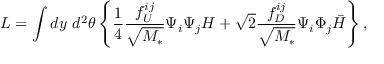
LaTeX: { \cal L } = \int d y ~ d ^ { 2 } \theta \left\{ \frac { 1 } { 4 } \frac { f _ { U } ^ { i j } } { \sqrt { M _ { * } } } \Psi _ { i } \Psi _ { j } H + \sqrt { 2 } \frac { f _ { D } ^ { i j } } { \sqrt { M _ { * } } } \Psi _ { i } \Phi _ { j } \bar { H } \right\} ,